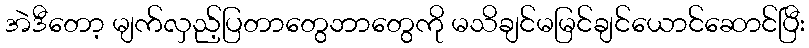
အဲဒီတော့ မျက်လှည့်ပြတာတွေဘာတွေကို မသိချင်မမြင်ချင်ယောင်ဆောင်ပြီး